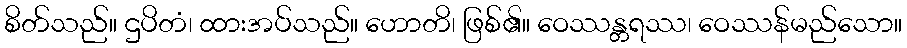
စိတ်သည်။ ဌပိတံ၊ ထားအပ်သည်။ ဟောတိ၊ ဖြစ်၏။ ဝေဿန္တရဿ၊ ဝေဿန်မည်သော။